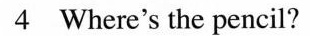
4 Where's the pencil?